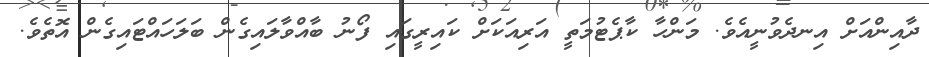
ދާއިންއަށް އިނދެވުނީއެވެ. މަންހާ ކާޕެޓުމަތީ އަރިއަކަށް ކައިރީގައި ފޯނު ބާއްވާލައިގެން ބަލަހައްޓައިގެން އޮތެވެ.